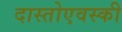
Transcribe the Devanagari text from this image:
दास्तोएवस्की